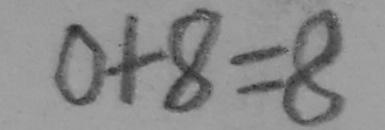
0 + 8 = 8